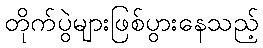
တိုက်ပွဲများဖြစ်ပွားနေသည့်